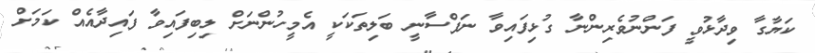
ކަޔާގާ ވިދާޅުވީ ފަންނުވެރިންނާ ގުޅިފައިވާ ނަފްސާނީ ބަލިތަކަކީ އެމީހުންނަށް ލިބިފައިވާ ފައިދާއެއް ކަމަށް